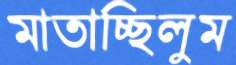
মাতাচ্ছিলুম